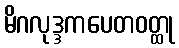
မိဂလုဒ္ဒကပေတဝတ္ထု